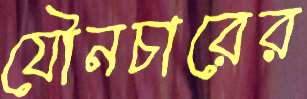
যৌনচারের